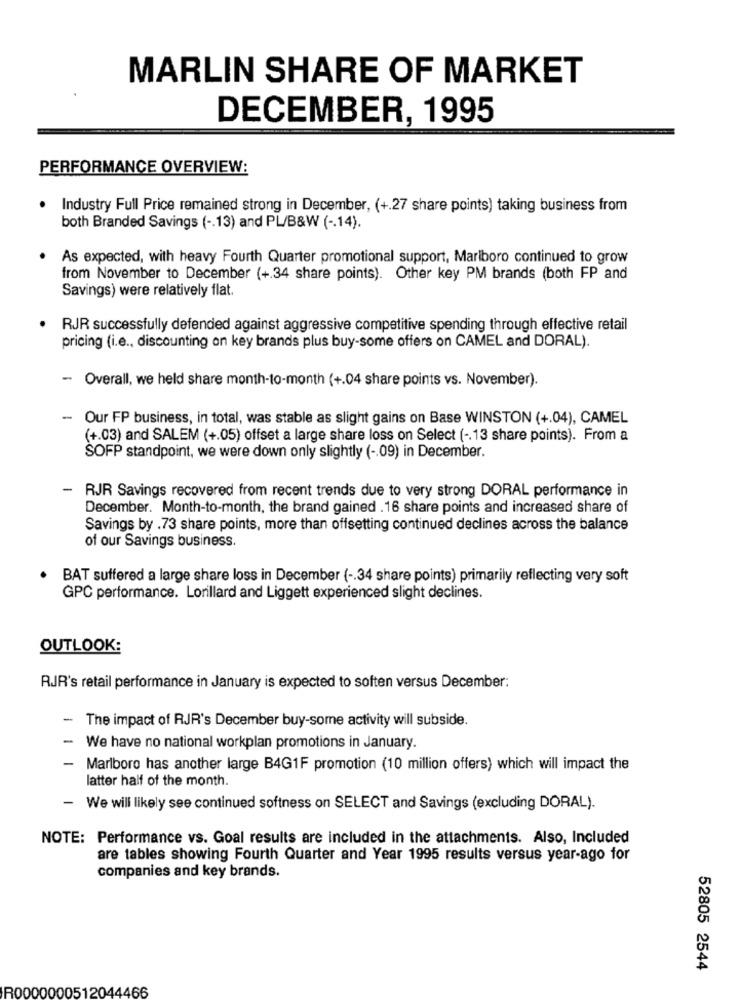
MARLIN SHARE OF MARKET
DECEMBER, 1995
PERFORMANCE OVERVIEW:
Industry Full Price remained strong in December, (+.27 share points) taking business from
both Branded Savings ( -. 13) and PL/B&W ( -. 14).
As expected, with heavy Fourth Quarter promotional support, Marlboro continued to grow
from November to December (+.34 share points). Other key PM brands (both FP and
Savings) were relatively flat.
RJR successfully defended against aggressive competitive spending through effective retail
pricing (i.e ., discounting on key brands plus buy-some offers on CAMEL and DORAL).
- Overall, we held share month-to-month (+.04 share points vs. November).
- Our FP business, in total, was stable as slight gains on Base WINSTON (+.04), CAMEL
(+.03) and SALEM (+.05) offset a large share loss on Select ( -. 13 share points). From a
SOFP standpoint, we were down only slightly ( -. 09) in December.
-
RJR Savings recovered from recent trends due to very strong DORAL performance in
December. Month-to-month, the brand gained . 16 share points and increased share of
Savings by . 73 share points, more than offsetting continued declines across the balance
of our Savings business.
BAT suffered a large share loss in December (- 34 share points) primarily reflecting very soft
GPC performance. Lorillard and Liggett experienced slight declines.
OUTLOOK:
RJR's retail performance in January is expected to soften versus December:
- The impact of RJR's December buy-some activity will subside.
-
We have no national workplan promotions in January.
-
Marlboro has another large B4G1F promotion (10 million offers) which will impact the
latter half of the month.
-
We will likely see continued softness on SELECT and Savings (excluding DORAL).
NOTE: Performance vs. Goal results are included in the attachments. Also, Included
are tables showing Fourth Quarter and Year 1995 results versus year-ago for
companies and key brands.
52805 2544
R0000000512044466